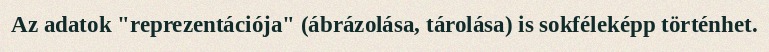
Az adatok "reprezentációja" (ábrázolása, tárolása) is sokféleképp történhet.